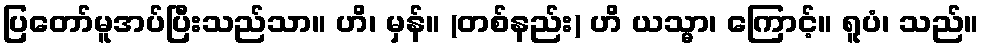
ပြတော်မူအပ်ပြီးသည်သာ။ ဟိ၊ မှန်။ (တစ်နည်း) ဟိ ယသ္မာ၊ ကြောင့်။ ရူပံ၊ သည်။